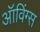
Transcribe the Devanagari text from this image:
ऑविंग्स